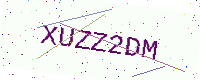
Text: XUZZ2DM